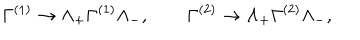
LaTeX: \Gamma ^ { ( 1 ) } \to \Lambda _ { + } \Gamma ^ { ( 1 ) } \Lambda _ { - } ^ { } , \qquad \Gamma ^ { ( 2 ) } \to \Lambda _ { + } \Gamma ^ { ( 2 ) } \Lambda _ { - } ^ { } ,